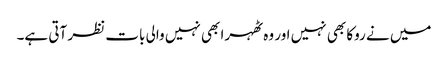
میں نے روکا بھی نہیں اور وہ ٹھہرا بھی نہیں والی بات نظر آتی ہے۔